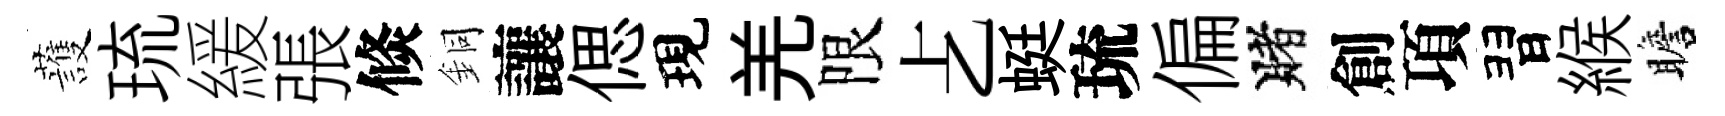
䕶琉緩張倐銅讓偲現羌限𠧒蜓琉偏賭創項習緱瞻